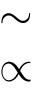
\begin{array} { l } { \sim } \\ { \propto } \end{array}